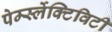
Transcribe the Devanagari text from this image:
पेर्म्स्लेक्टिविटी